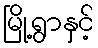
မြို့ရွာနှင့်